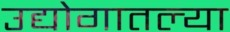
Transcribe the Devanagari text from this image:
उद्योगातल्या